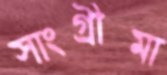
সাংগ্রীমা